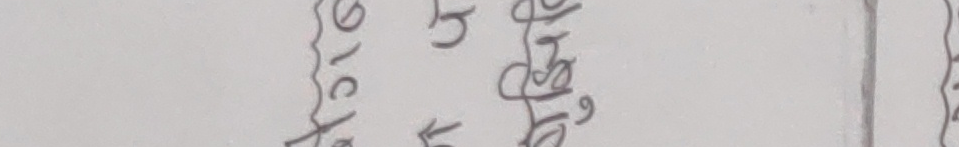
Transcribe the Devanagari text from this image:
७८ ← ५ ← ९